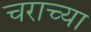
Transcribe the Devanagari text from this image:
चराच्या